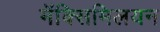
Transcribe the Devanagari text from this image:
मॅक्सिमिलयन